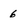
Character: 6